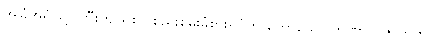
အခြံအရံဖြင့် ကြီးကျယ်စွာ စည်းစိမ်းခံစားရပုံကို ဟောသော ကုဏာလဇာတက၊